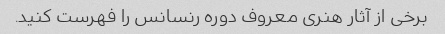
برخی از آثار هنری معروف دوره رنسانس را فهرست کنید.